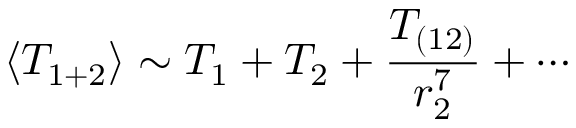
\langle T _ { 1 + 2 } \rangle \sim T _ { 1 } + T _ { 2 } + \frac { T _ { ( 1 2 ) } } { r _ { 2 } ^ { 7 } } + \cdots